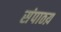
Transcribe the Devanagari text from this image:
संपाठय़